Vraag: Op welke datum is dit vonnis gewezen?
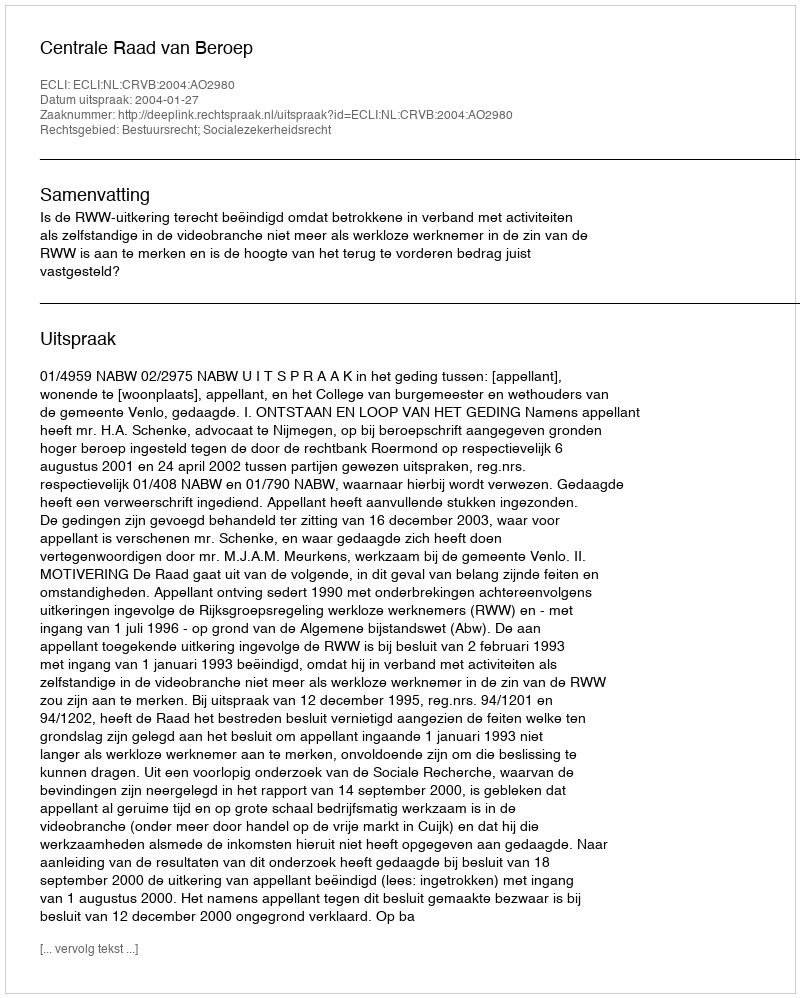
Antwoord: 2004-01-27